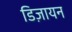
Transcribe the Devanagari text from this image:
डिज़ायन